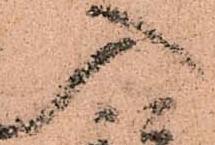
入